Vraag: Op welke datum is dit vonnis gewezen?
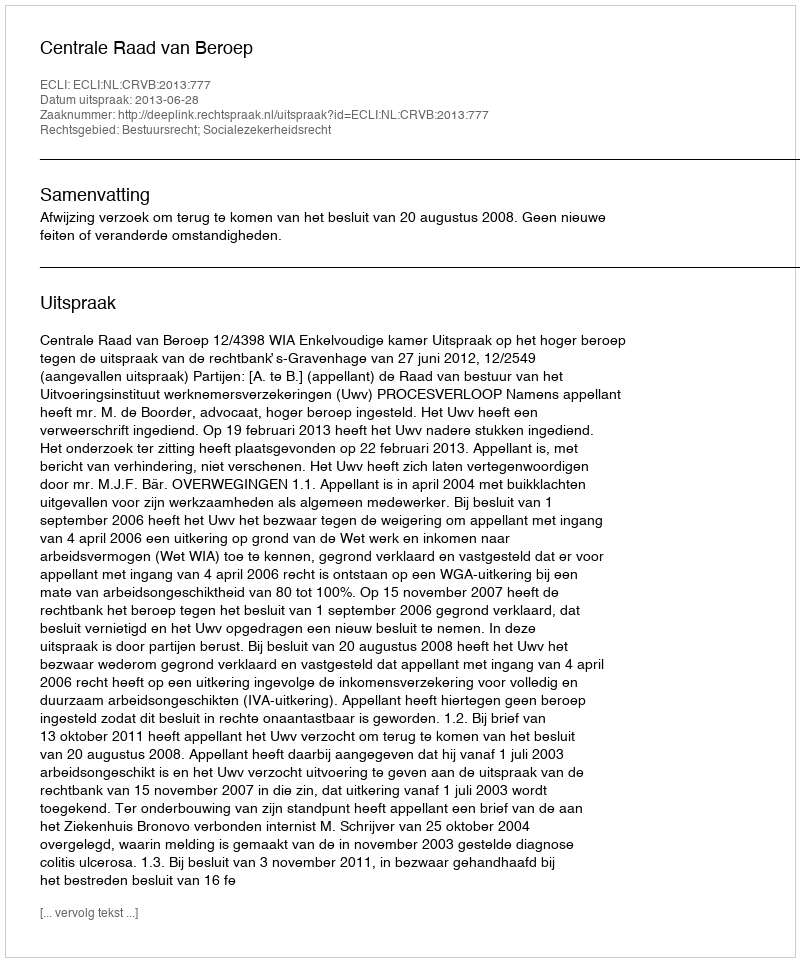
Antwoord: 2013-06-28